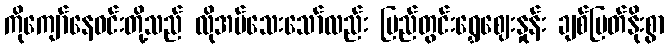
ကိုကျော်နေဝင်းတို့သည် လိုအပ်သေးသော်လည်း ပြည်တွင်းရွှေဈေးနှုန်း ချစ်မြတ်နိုးစွာ